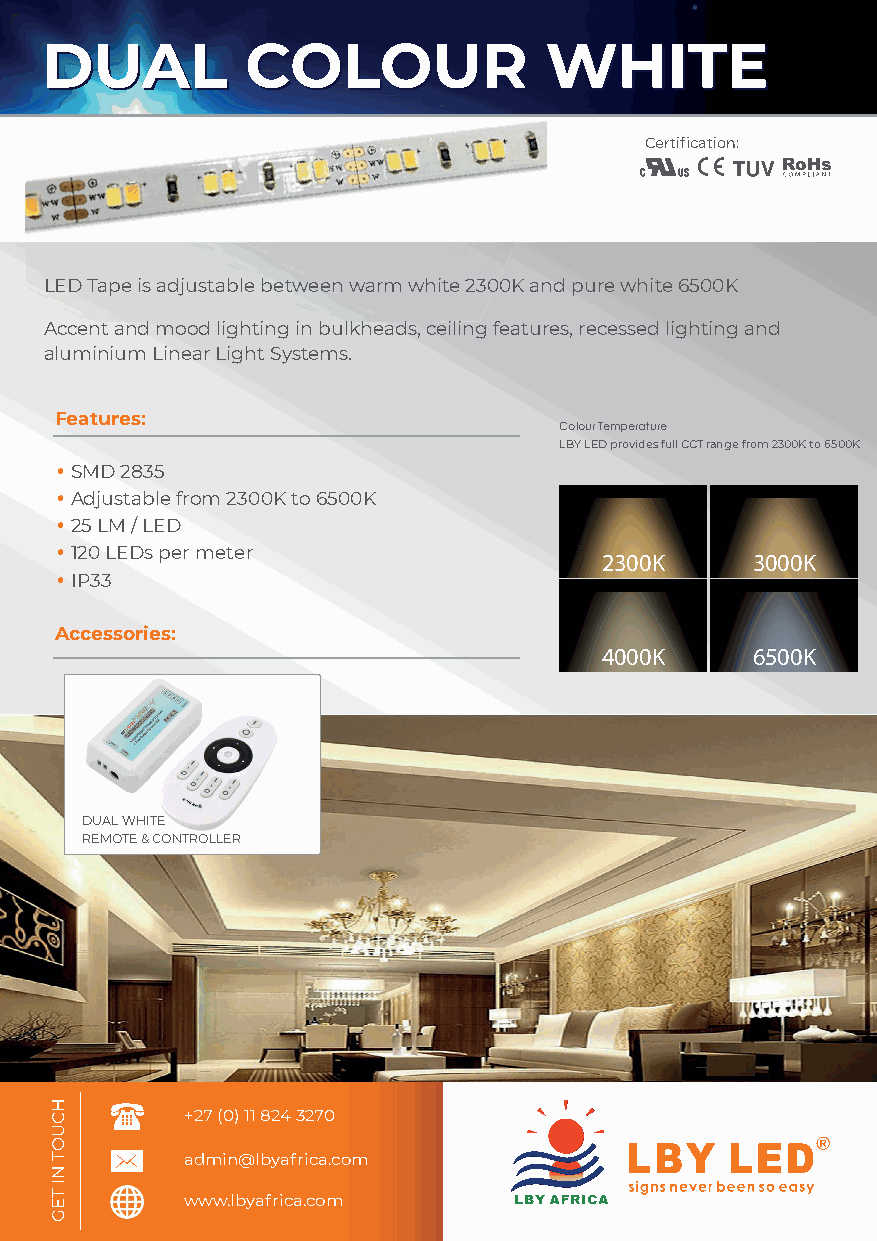
DDUUAALL     CCOOLLOOUURR        WWHHIITTEE
 Certification:
 LED Tape is adjustable between warm white 2300K and pure white 6500K
 Accent and mood lighting in bulkheads, ceiling features, recessed lighting and
 aluminium Linear Light Systems.
 Features:
 Colour Temperature
 LBY LED provides full CCT range from 2300K to 6500K
 • SMD 2835
 • Adjustable from 2300K to 6500K
 • 25 LM / LED
 • 120 LEDs per meter
 2300K     3000K
 • IP33
 Accessories:
 4000K     6500K
 DUAL WHITE
 REMOTE & CONTROLLER
 +27 (0) 11 824 3270
 admin@lbyafrica.com
 www.lbyafrica.com
 HCUOT
 NI
 TEG